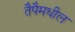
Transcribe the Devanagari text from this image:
तैपैमधील